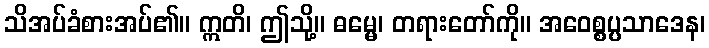
သိအပ်ခံစားအပ်၏။ ဣတိ၊ ဤသို့။ ဓမ္မေ၊ တရားတော်ကို။ အဝေစ္စပ္ပသာဒေန၊